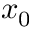
x _ { 0 }